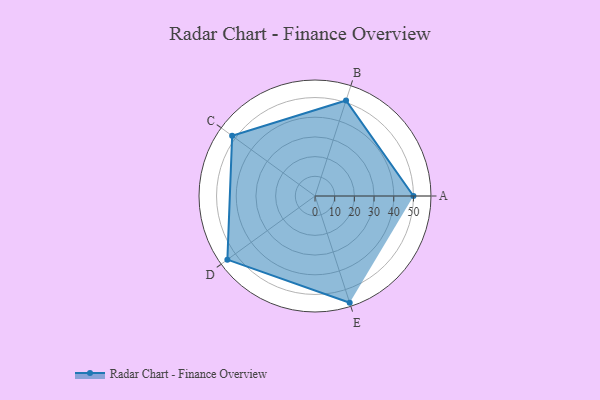
{"axis": {"x": "Skill", "y": "Score"}, "legend": ["Profile"], "data": [{"x": "A", "y": 50.0, "type": "Profile"}, {"x": "B", "y": 51.0, "type": "Profile"}, {"x": "C", "y": 52.0, "type": "Profile"}, {"x": "D", "y": 55.0, "type": "Profile"}, {"x": "E", "y": 57.0, "type": "Profile"}]}